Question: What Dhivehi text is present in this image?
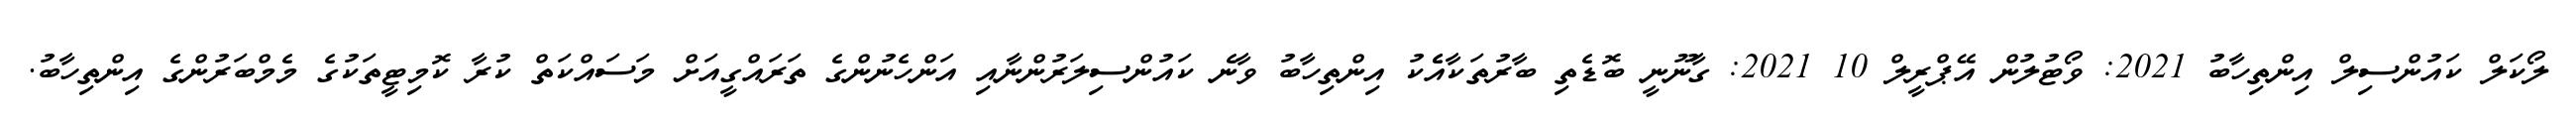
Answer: ލޯކަލް ކައުންސިލް އިންތިހާބު 2021: ވޯޓުލުން އޭޕްރީލް 10 2021: ގާނޫނީ ބޮޑެތި ބާރުތަކާއެެކު އިންތިހާބު ވާނެ ކައުންސިލަރުންނާއި އަންހެނުންގެ ތަރައްގީއަށް މަސައްކަތް ކުރާ ކޮމިޓީތަކުގެ މެމްބަރުންގެ އިންތިހާބު.